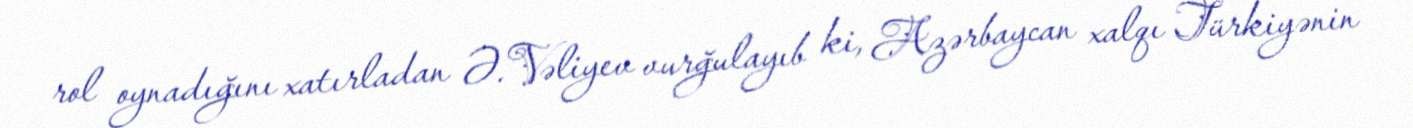
rol oynadığını xatırladan Ə.Vəliyev vurğulayıb ki, Azərbaycan xalqı Türkiyənin